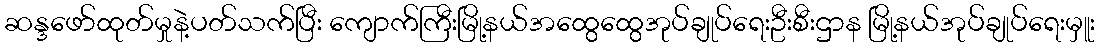
ဆန္ဒဖော်ထုတ်မှုနဲ့ပတ်သက်ပြီး ကျောက်ကြီးမြို့နယ်အထွေထွေအုပ်ချုပ်ရေးဦးစီးဌာန မြို့နယ်အုပ်ချုပ်ရေးမှူး